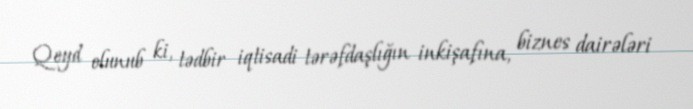
Qeyd olunub ki, tədbir iqtisadi tərəfdaşlığın inkişafına, biznes dairələri